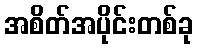
အစိတ်အပိုင်းတစ်ခု